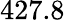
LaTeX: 427.8